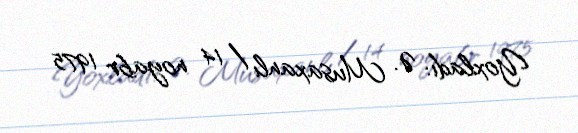
Yoxladı: Ə. Musaxanlı / 14 noyabr 1975